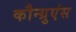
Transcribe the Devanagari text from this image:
कौन्ग्रुएंस